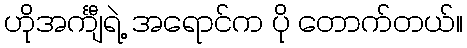
ဟိုအင်္ကျီရဲ့ အရောင်က ပို တောက်တယ်။